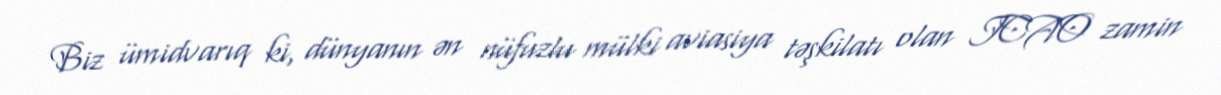
Biz ümidvarıq ki, dünyanın ən nüfuzlu mülki aviasiya təşkilatı olan ICAO zamin